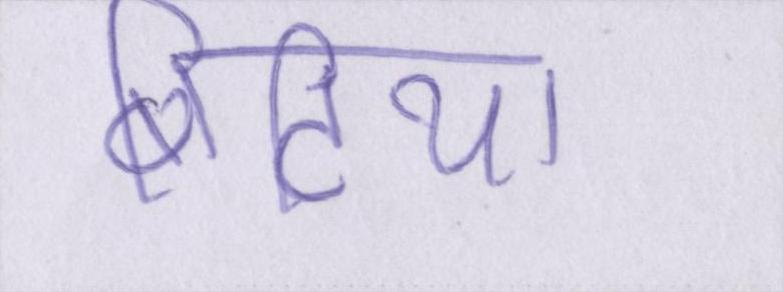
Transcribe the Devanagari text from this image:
बिटिया